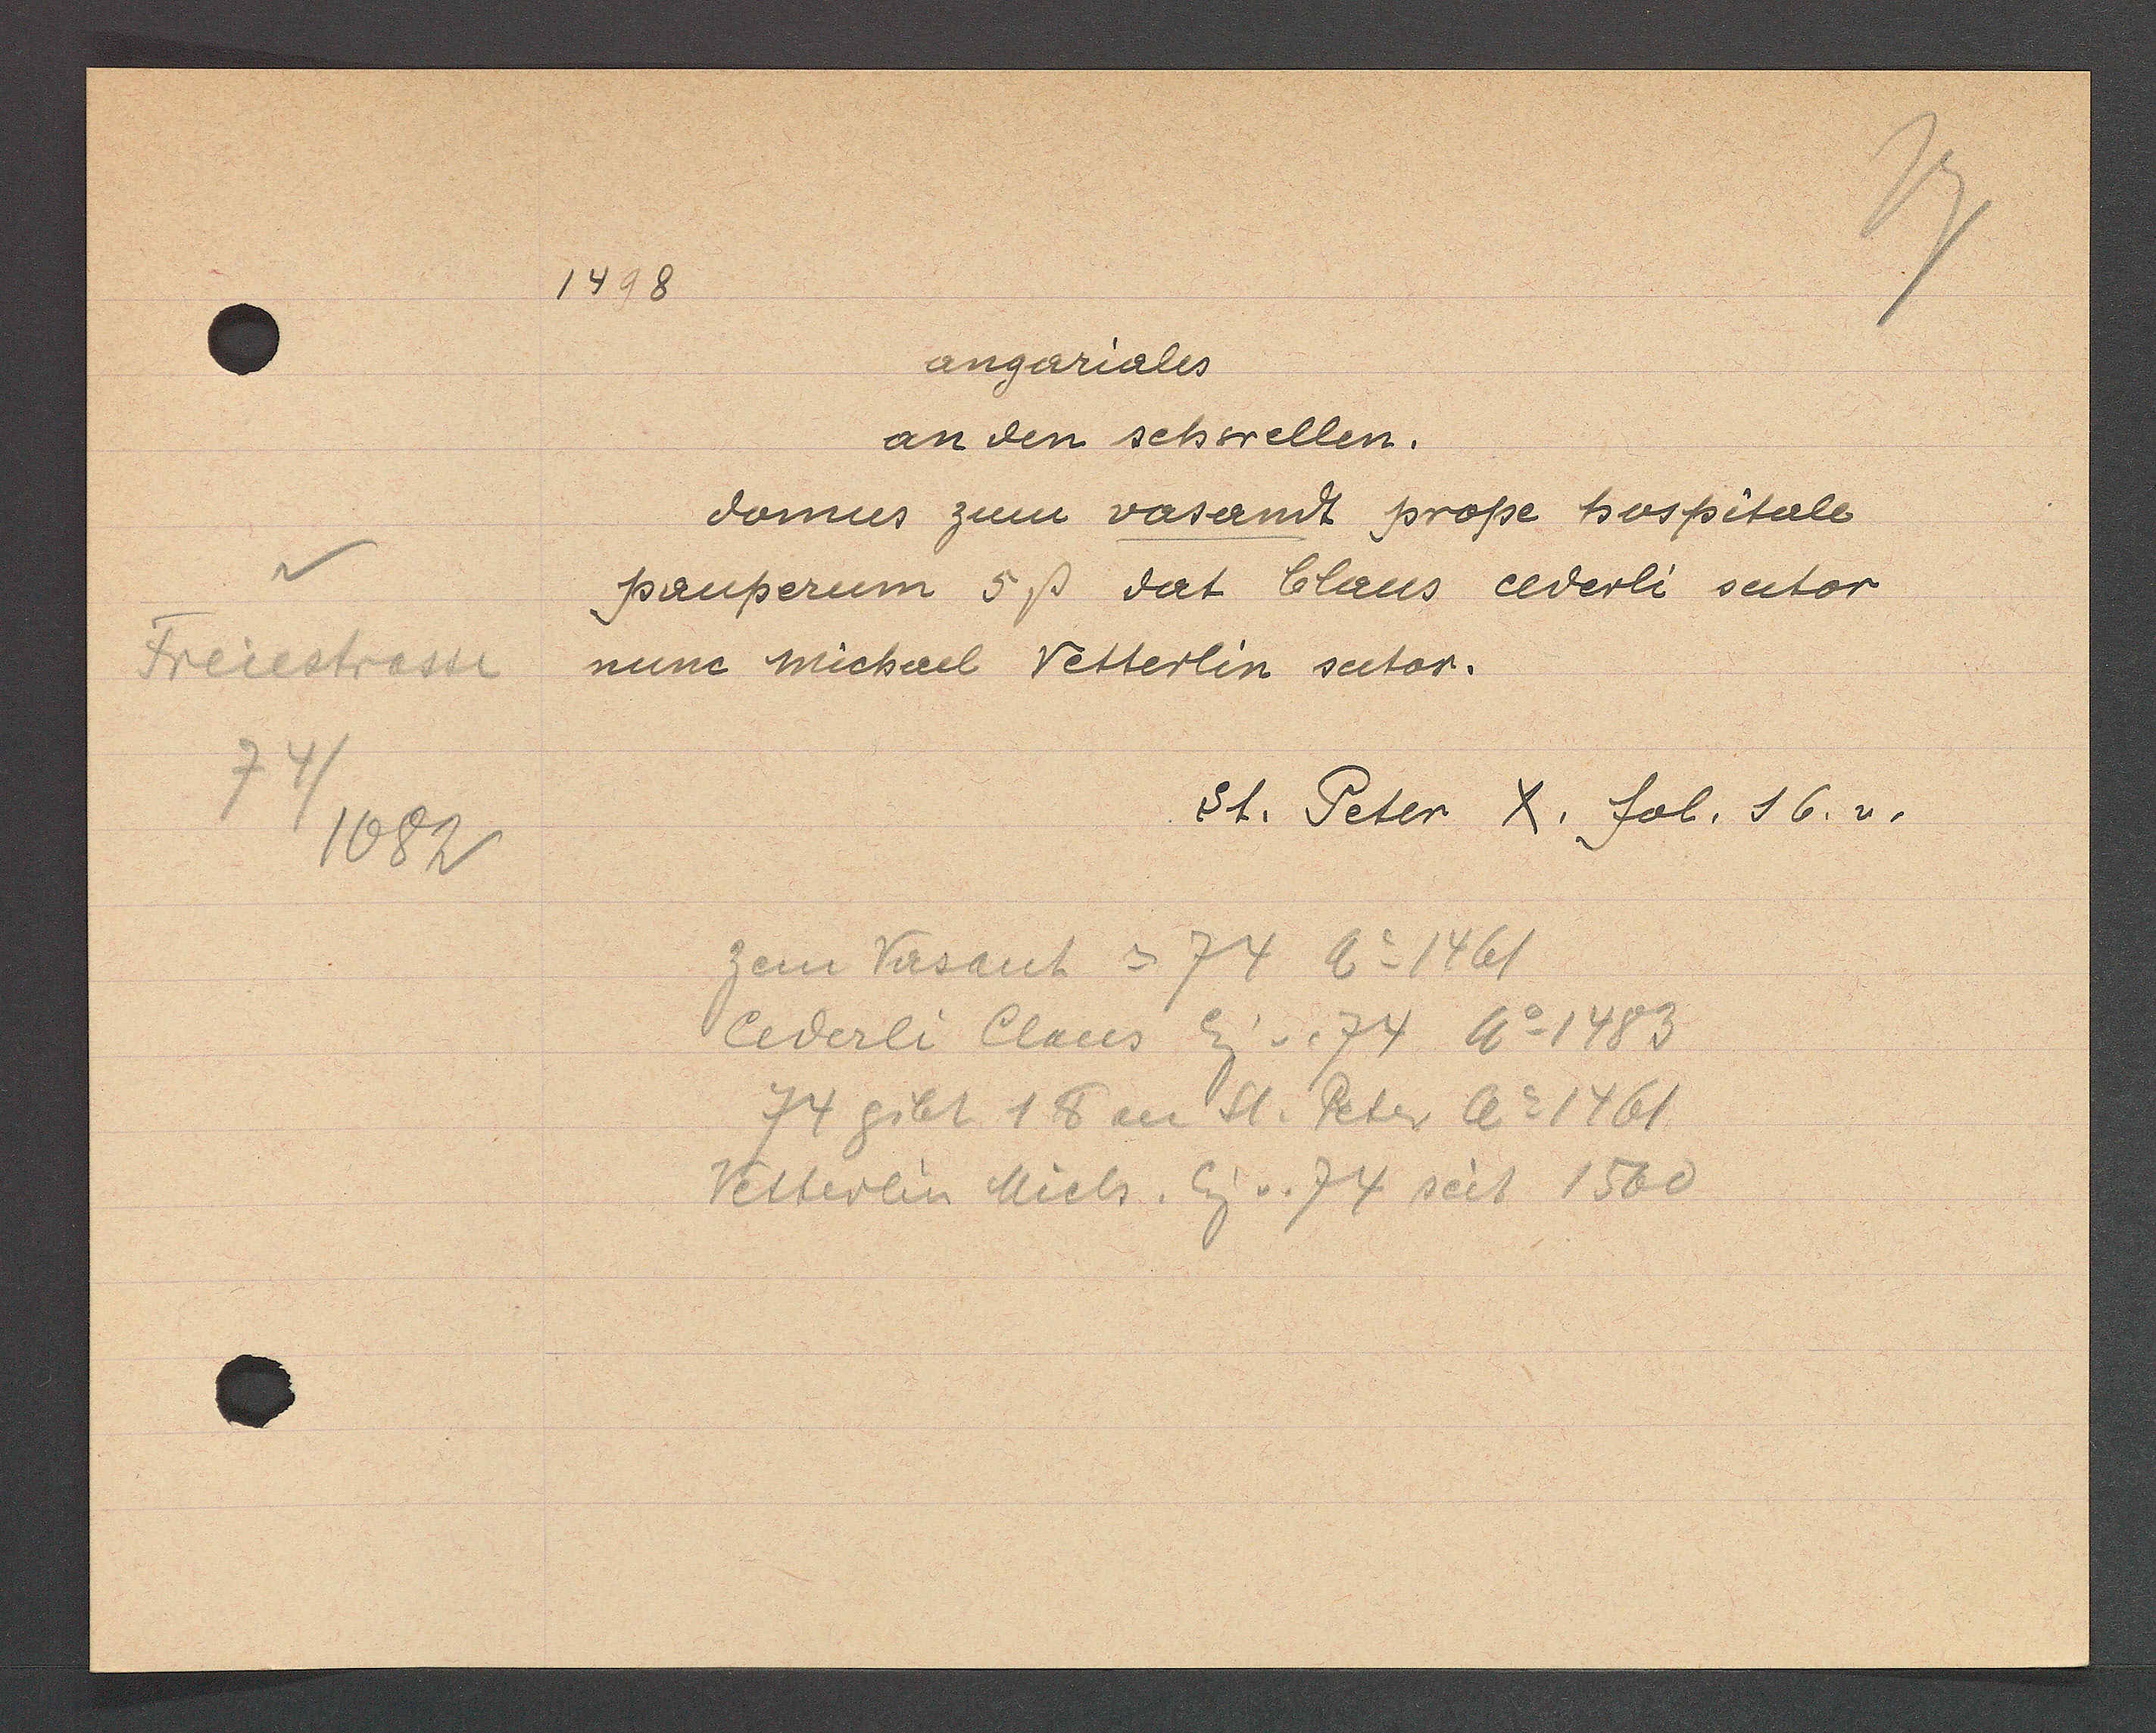
Transcript:
Freiestrasse
1082

1498

angariales
an den schwellen.
domus zum vasandt proße hospitall
pauperum 5ß dat Claus cederli sutor
nunc michael Vetterlin sector.

St. Peter X. fol. 16.v.

zem Vasant = 74 Ao 1461
Cederli Claus Eig v. 74 Ao 1483
74 gibt 1 ℔ an St. Peter Ao 1461
Vetterlin Mich. Eig v. 74 seit 1500